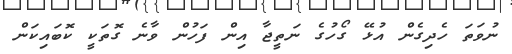
ނުވަތަ ހެދިގެން އުޅޭ ގޯހުގެ ނަތީޖާ އިން ފަހުން ވާނެ ގޮތަކީ ކޮބައިކަން